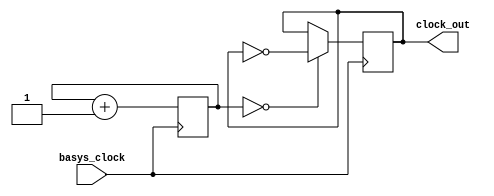
`timescale 1ns / 1ps
//////////////////////////////////////////////////////////////////////////////////
// Company: 
// Engineer: 
// 
// Design Name: 
// Module Name: clk6p25m
// Project Name: 
// Target Devices: 
// Tool Versions: 
// Description: 
// 
// Dependencies: 
// 
// Revision:
// Revision 0.01 - File Created
// Additional Comments:
// 
//////////////////////////////////////////////////////////////////////////////////


module clk6p25m(input basys_clock,
                output reg clock_out = 0);
    reg [2:0] COUNTER = 0;
    
    always @ (posedge basys_clock) begin
        COUNTER <= COUNTER + 1;
        clock_out <= (COUNTER == 0) ? ~clock_out : clock_out;
    end
endmodule